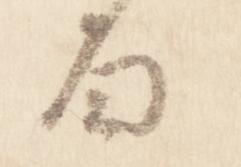
面